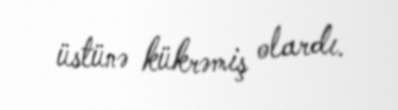
üstünə kükrəmiş olardı.